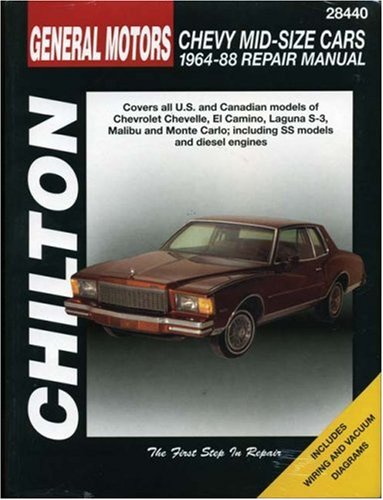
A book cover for GM Chevrolet Mid-Size Cars, 1964-88 (Chilton Total Car Care Series Manuals); Chilton; Engineering & Transportation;